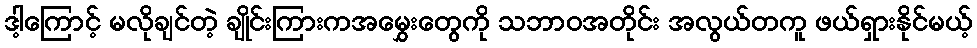
ဒါ့ကြောင့် မလိုချင်တဲ့ ချိုင်းကြားကအမွှေးတွေကို သဘာဝအတိုင်း အလွယ်တကူ ဖယ်ရှားနိုင်မယ့်